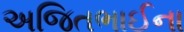
અજિતભાઈના